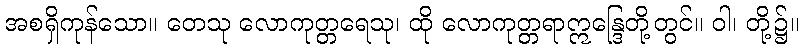
အစရှိကုန်သော။ တေသု လောကုတ္တရေသု၊ ထို လောကုတ္တရာဣန္ဒြေတို့တွင်။ ဝါ၊ တို့၌။